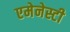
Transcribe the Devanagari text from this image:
एमेनेस्टी